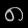
Digit: ၈